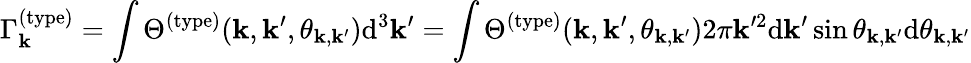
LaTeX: \Gamma_{\mathbf{k}}^{(\mathrm{{type}})}=\int\Theta^{(\mathrm{{type}})}(\mathbf{k},\mathbf{k}^{\prime},\theta_{\boldsymbol{\mathbf{k}},\boldsymbol{\mathbf{k}}^{\prime}})\mathrm{{d}}^{3}\boldsymbol{\mathbf{k}}^{\prime}=\int\Theta^{(\mathrm{{type}})}(\mathbf{k},\mathbf{k}^{\prime},\theta_{\boldsymbol{\mathbf{k}},\boldsymbol{\mathbf{k}}^{\prime}})2\pi\mathbf{k}^{\prime2}\mathrm{{d}}\mathbf{k}^{\prime}\sin\theta_{\boldsymbol{\mathbf{k}},\boldsymbol{\mathbf{k}}^{\prime}}\mathrm{{d}}\theta_{\boldsymbol{\mathbf{k}},\boldsymbol{\mathbf{k}}^{\prime}}